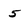
Character: 5